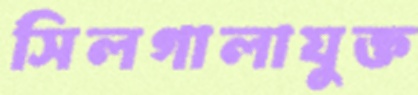
সিলগালাযুক্ত